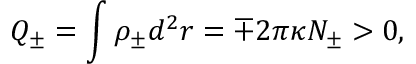
Q _ { \pm } = \int { \rho } _ { \pm } d ^ { 2 } r = { \mp } 2 { \pi } { \kappa } { \cal N } _ { \pm } > 0 ,